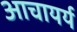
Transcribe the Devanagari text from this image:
आचायर्य